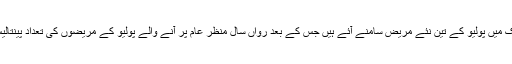
2009ء) ملک میں پولیو کے تین نئے مریض سامنے آئے ہیں جس کے بعد رواں سال منظر عام پر آنے والے پولیو کے مریضوں کی تعداد پینتالیس ہوگئی ہے۔